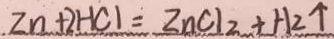
. Z n + 2 H C l = Z n C l _ { 2 } + H _ { 2 } \uparrow